Indian journal of veterinary science and animal husbandry - Volume 13,
Year: 1943
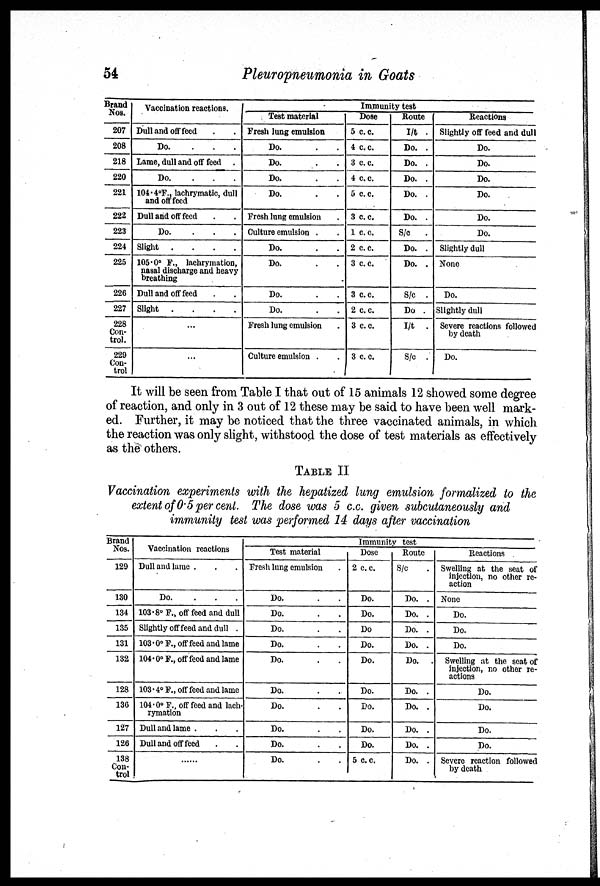
54
Pleuropneumonia in Goats
Brand
Nos.
207
208
218
220
221
222
223
224
225
226
227
228
Con-
trol.
229
Con-
trol
Vaccination reactions.
Dull and off feed . .
Do.
...
Lame, dull and off feed .
Do.
...
104.4°F., lachrymatic, dull
and off feed
Dull and off feed . .
Do.
...
Slight
....
105.0° F., lachrymation,
nasal discharge and heavy
breathing
Dull and off feed
Slight
....
...
...
Immunity test
Test material
Fresh lung emulsion
Do. . .
Do. . .
Do. . .
Do. . .
Fresh lung emulsion .
Culture emulsion .
Do. . .
Do. . .
Do. . .
Do. . .
Fresh lung emulsion .
Culture emulsion . .
Dose
5 c.c.
4 c.c.
3 c.c.
4 c.c.
5 c.c.
3 c.c.
1 c. c.
2 c.c.
3 c.c.
3 c.c.
2 c.c.
3 c.c.
3 c.c.
Route
I/t .
Do. .
Do. .
Do. .
Do. .
Do. .
S/c
.
Do. .
Do. .
S/c .
Do .
I/t .
S/c .
Reactions
Slightly off feed and dull
Do.
Do.
Do.
Do.
Do.
Do.
Slightly dull
None
Do.
Slightly dull
Severe reactions followed
by death
Do.
It will be seen from Table I that out of 15 animals 12 showed some degree
of reaction, and only in 3 out of 12 these may be said to have been well mark-
ed. Further, it may be noticed that the three vaccinated animals, in which
the reaction was only slight, withstood the dose of test materials as effectively
as the others.
TABLE II
Vaccination experiments with the hepatized lung emulsion formalized to the
extent of 0.5 per cent. The dose was 5 c.c. given subcutaneously and
immunity test was performed 14 days after vaccination
Brand
Nos.
129
130
134
135
131
132
128
130
127
126
138
Con-
trol
Vaccination reactions
Dull and lame . . .
Do.
...
103.8° F., off feed and dull
Slightly off feed and dull .
103.0° F., off feed and lame
104. 0° F., off feed and lame
103.4° F., off feed and lame
104.0° F., off feed and lach-
rymation
Dull and lame . . .
Dull and off feed . .
......
Immunity test
Test material
Fresh lung emulsion .
Do.
Do.
Do.
Do.
Do.
Do.
Do.
Do.
Do.
Do.
Dose
2 c.c.
Do.
Do.
Do
Do.
Do.
Do.
Do.
Do.
Do.
5 c.c.
Route
S/c
.
Do. .
Do. .
Do. .
Do. .
Do. .
Do. .
Do. .
Do. .
Do. .
Do. .
Reactions
Swelling at the seat of
injection, no other re-
action
None
Do.
Do.
Do.
Swelling at the seat of
injection, no other re-
actions
Do.
Do.
Do.
Do.
Severe reaction followed
by death